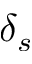
\delta _ { s }